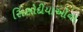
સિસોદીયાઓના